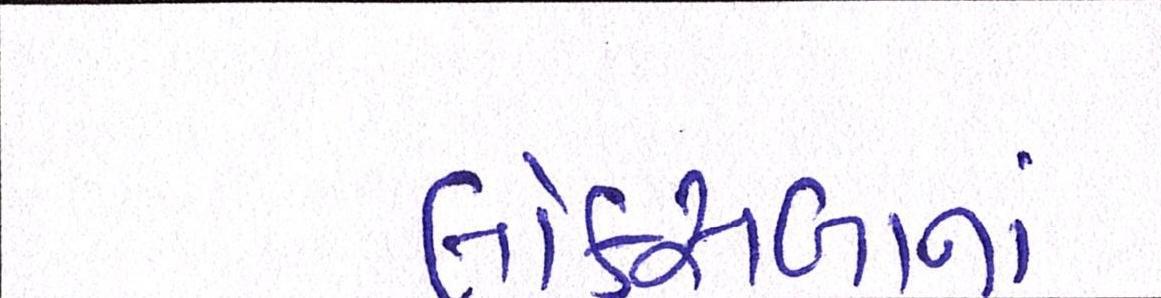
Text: લોકસબાનાં